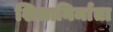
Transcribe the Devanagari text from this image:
शिलानिर्माता